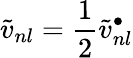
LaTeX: {\widetilde v_{nl}=\frac{1}{2}\widetilde v_{nl}^{\bullet}}